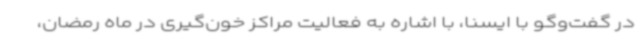
در گفت‌وگو با ایسنا، با اشاره به فعالیت مراکز خون‌گیری در ماه رمضان،